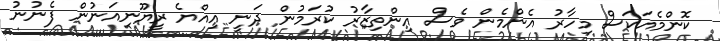
ކޮންމެއަކަސް މިހާރު އެންމެން ވެސް އިންތިޒާރު ކުރަމުން ދަނީ އިއްޔެ ރީޔޫނިއަނުން ފެނުނު